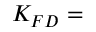
K _ { F D } =